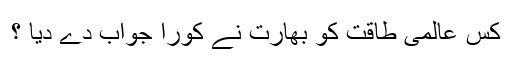
کس عالمی طاقت کو بھارت نے کورا جواب دے دیا ؟